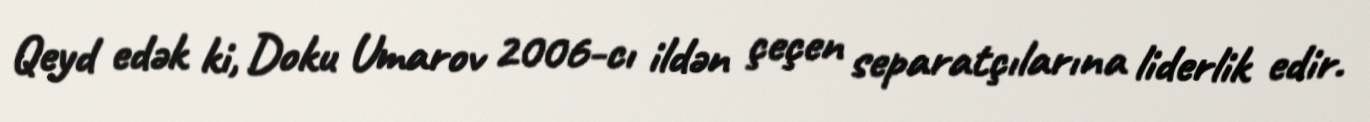
Qeyd edək ki, Doku Umarov 2006-cı ildən çeçen separatçılarına liderlik edir.